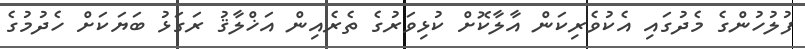
ފުލުހުންގެ މެދުގައި އެކުވެރިކަން އާލާކޮށް ކުޅިވަރުގެ ތެރެއިން އަޚްލާޤު ރަގަޅު ބަޔަކަށް ހެދުމުގެ